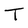
Character: T